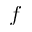
f